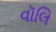
વૉલિ